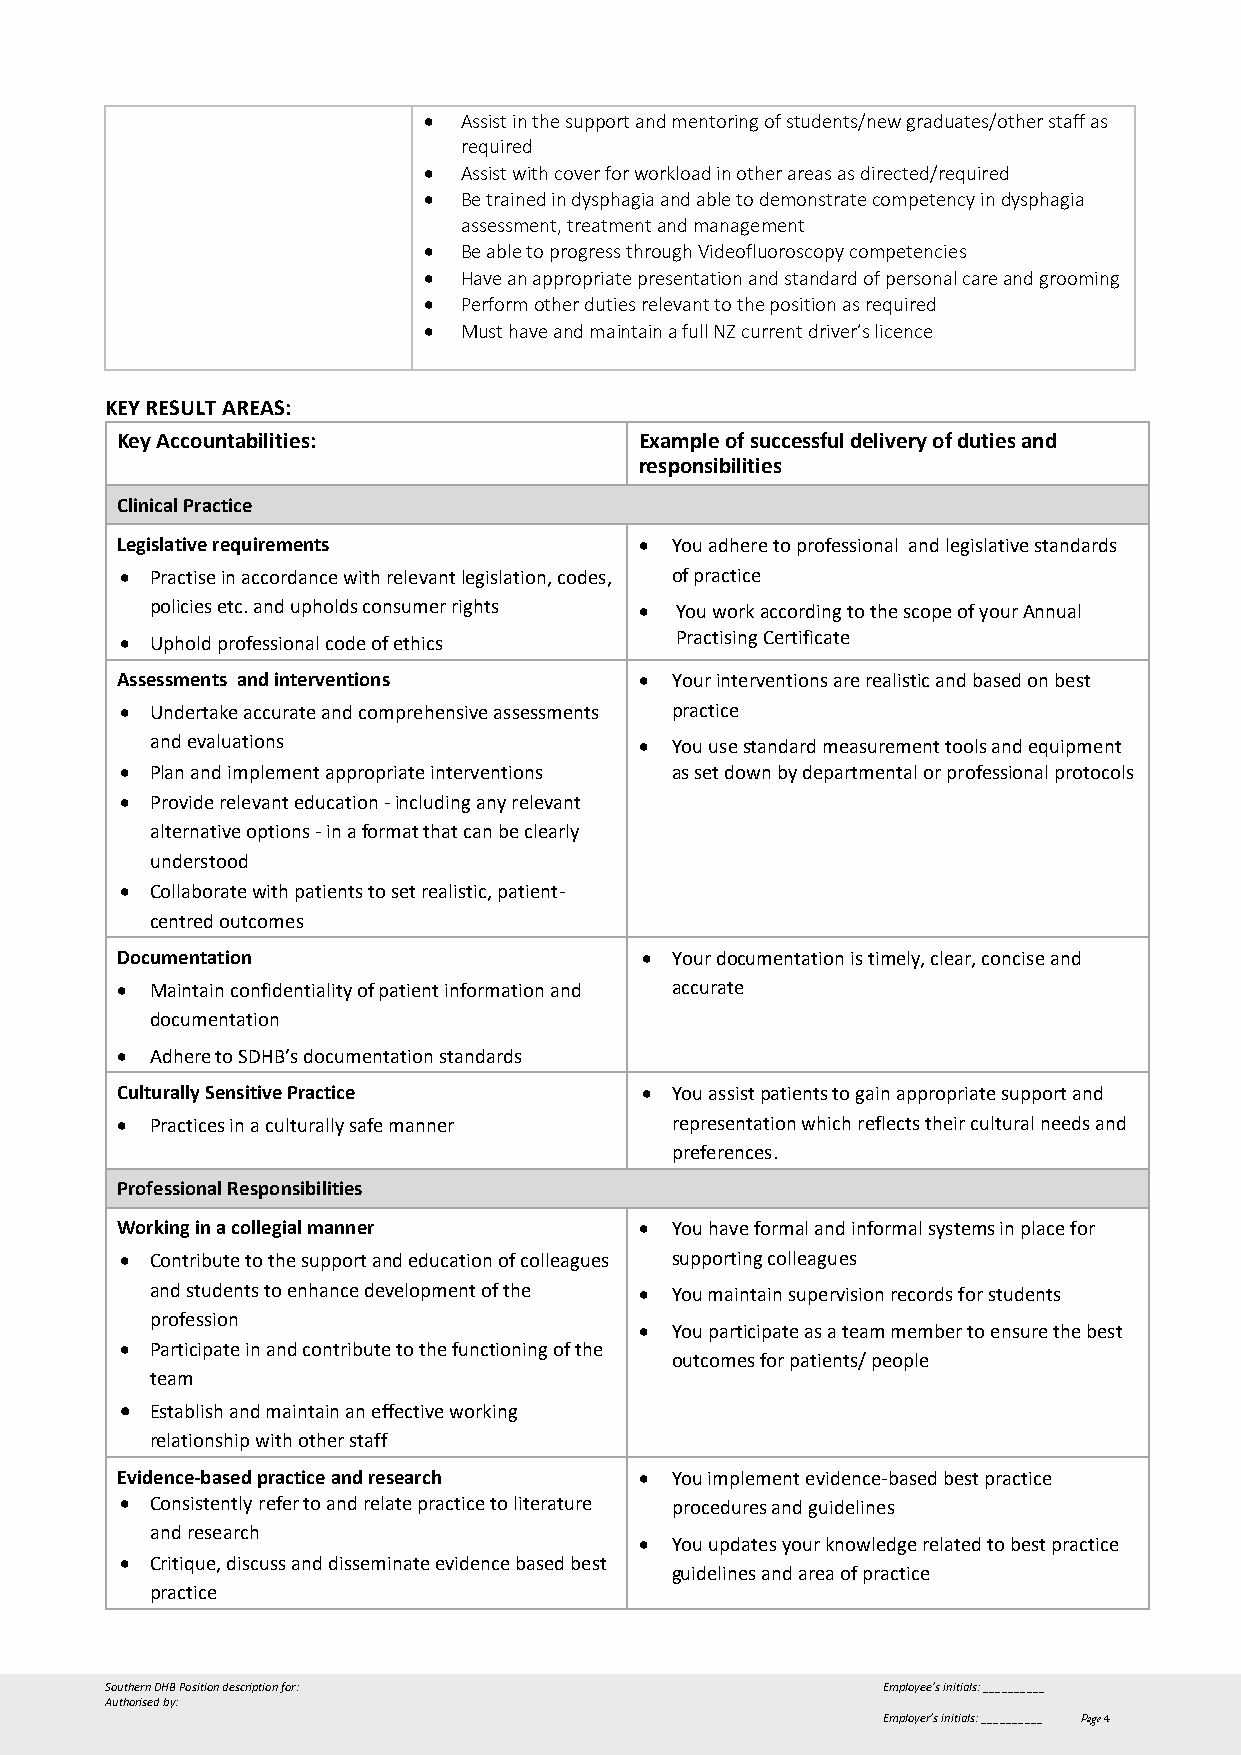
•  Assist in the support and mentoring of students/new graduates/other staff as
 required
 •  Assist with cover for workload in other areas as directed/required
 •  Be trained in dysphagia and able to demonstrate competency in dysphagia
 assessment, treatment and management
 •  Be able to progress through Videofluoroscopy competencies
 •  Have an appropriate presentation and standard of personal care and grooming
 •  Perform other duties relevant to the position as required
 •  Must have and maintain a full NZ current driver’s licence
 KEY RESULT AREAS:
 Key Accountabilities:             Example of successful delivery of duties and
 responsibilities
 Clinical Practice
 Legislative requirements          • You adhere to professional and legislative standards
 • Practise in accordance with relevant legislation, codes, of practice
 policies etc. and upholds consumer rights • You work according to the scope of your Annual
 • Uphold professional code of ethics Practising Certificate
 Assessments and interventions     • Your interventions are realistic and based on best
 • Undertake accurate and comprehensive assessments practice
 and evaluations                 • You use standard measurement tools and equipment
 • Plan and implement appropriate interventions as set down by departmental or professional protocols
 • Provide relevant education - including any relevant
 alternative options - in a format that can be clearly
 understood
 • Collaborate with patients to set realistic, patient-
 centred outcomes
 Documentation                     • Your documentation is timely, clear, concise and
 • Maintain confidentiality of patient information and accurate
 documentation
 • Adhere to SDHB’s documentation standards
 Culturally Sensitive Practice     • You assist patients to gain appropriate support and
 • Practices in a culturally safe manner representation which reflects their cultural needs and
 preferences.
 Professional Responsibilities
 Working in a collegial manner     • You have formal and informal systems in place for
 • Contribute to the support and education of colleagues supporting colleagues
 and students to enhance development of the • You maintain supervision records for students
 profession
 • You participate as a team member to ensure the best
 • Participate in and contribute to the functioning of the
 outcomes for patients/ people
 team
 • Establish and maintain an effective working
 relationship with other staff
 Evidence-based practice and research • You implement evidence-based best practice
 • Consistently refer to and relate practice to literature procedures and guidelines
 and research
 • You updates your knowledge related to best practice
 • Critique, discuss and disseminate evidence based best
 guidelines and area of practice
 practice
 Southern DHB Position description for:             Employee’s initials: __________
 Authorised by:
 Employer’s initials: __________ Page 4